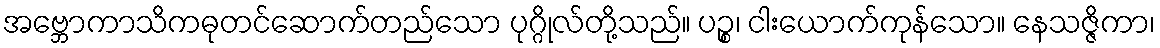
အဗ္ဘောကာသိကဓုတင်ဆောက်တည်သော ပုဂ္ဂိုလ်တို့သည်။ ပဉ္စ၊ ငါးယောက်ကုန်သော။ နေသဇ္ဇိကာ၊